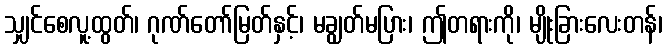
သျှင်စေလူ့ထွတ်၊ ဂုဏ်တော်မြတ်နှင့်၊ မချွတ်မပြား၊ ဤတရားကို၊ မျိုးခြားလေးတန်၊